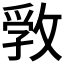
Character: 𢾢